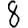
Digit: 8